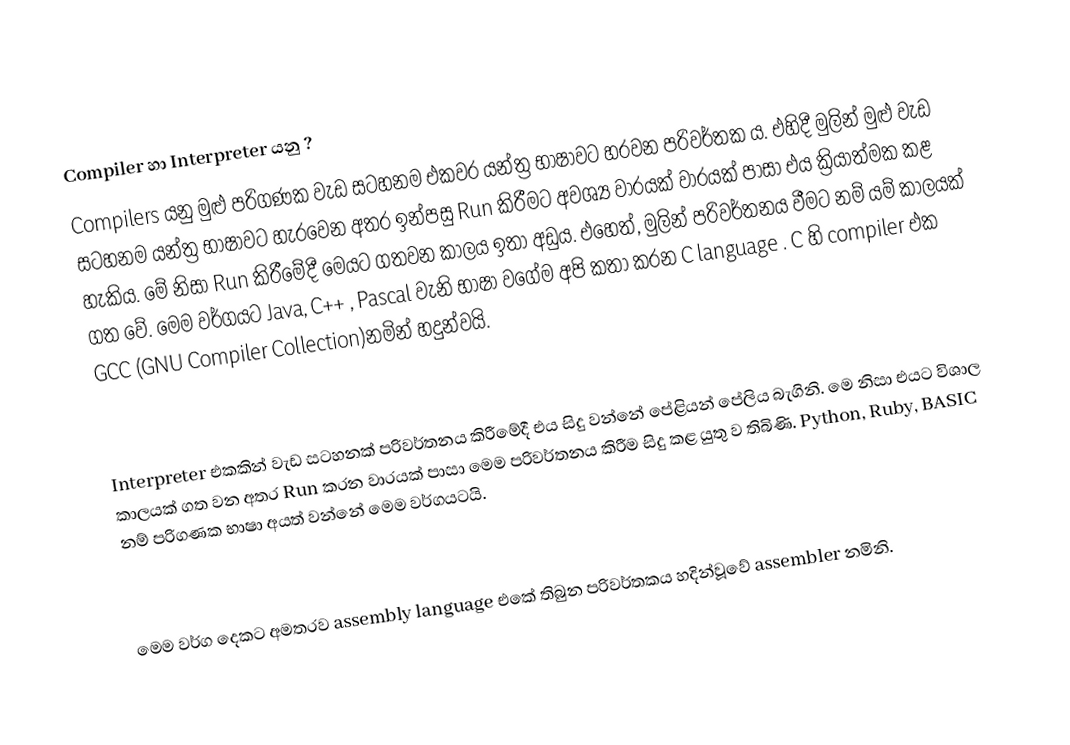
Compiler හා Interpreter යනු ?
Compilers යනු මුළු පරිගණක වැඩ සටහනම එකවර යන්ත්‍ර භාෂාවට හරවන පරිවර්තක ය. එහිදී මුලින් මුළු වැඩ සටහනම යන්ත්‍ර භාෂාවට හැරවෙන අතර ඉන්පසු Run කිරීමට අවශ්‍ය වාරයක් වාරයක් පාසා එය ක්‍රියාත්මක කළ හැකිය. මේ නිසා Run කිරීමේදී මෙයට ගතවන කාලය ඉතා අඩුය. එහෙත්, මුලින් පරිවර්තනය වීමට නම් යම් කාලයක් ගත වේ. මෙම වර්ගයට Java, C++ , Pascal වැනි භාෂා වගේම අපි කතා කරන C language . C හි compiler එක GCC (GNU Compiler Collection)නමින් හදුන්වයි.

Interpreter එකකින් වැඩ සටහනක් පරිවර්තනය කිරීමේදී එය සිදු වන්නේ පේළියන් පේලිය බැගිනි. මෙ නිසා එයට විශාල කාලයක් ගත වන අතර Run කරන වාරයක් පාසා මෙම පරිවර්තනය කිරීම සිදු කළ යුතු ව තිබිණි. Python, Ruby, BASIC නම් පරිගණක භාෂා අයත් වන්නේ මෙම වර්ගයටයි.

මෙම වර්ග දෙකට අමතරව assembly language එකේ තිබුන පරිවර්තකය හදින්වූවේ assembler නමිනි.